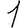
Digit: 1